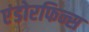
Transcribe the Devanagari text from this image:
एंडोरफिन्स